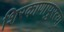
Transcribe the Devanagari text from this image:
शिरकाणापुरत्या